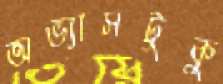
অভ্যাসটুকু